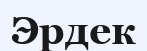
Эрдек